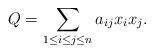
LaTeX: \begin{align*}Q=\sum_{1\leq i\leq j\leq n} a_{ij} x_i x_j.\end{align*}